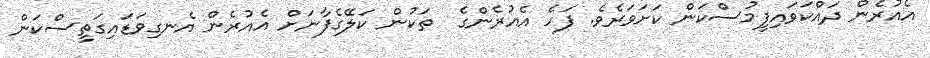
އެއުރެން ދައްކަވައިފީމުސްކަން ކަށަވަރެވެ. ފަހެ އެއުރެންގެ  ތަކުން ކަލޭގެފާނަށް އެއުރެން އެނގިވަޑައިގަތީސްކަން